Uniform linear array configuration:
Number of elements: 64
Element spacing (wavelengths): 0.5
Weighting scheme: exponential
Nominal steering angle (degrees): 45
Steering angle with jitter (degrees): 43.78
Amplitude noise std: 0.05
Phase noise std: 0.05

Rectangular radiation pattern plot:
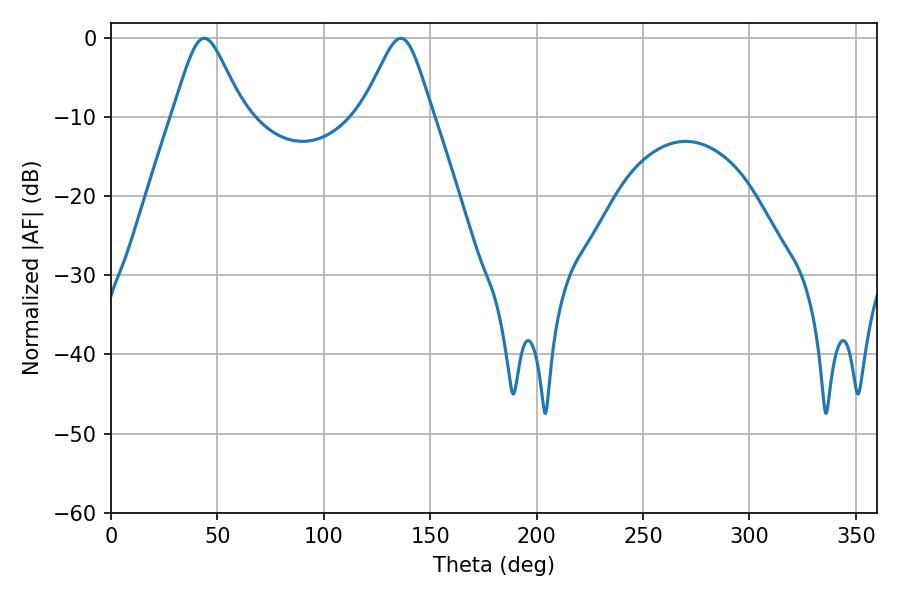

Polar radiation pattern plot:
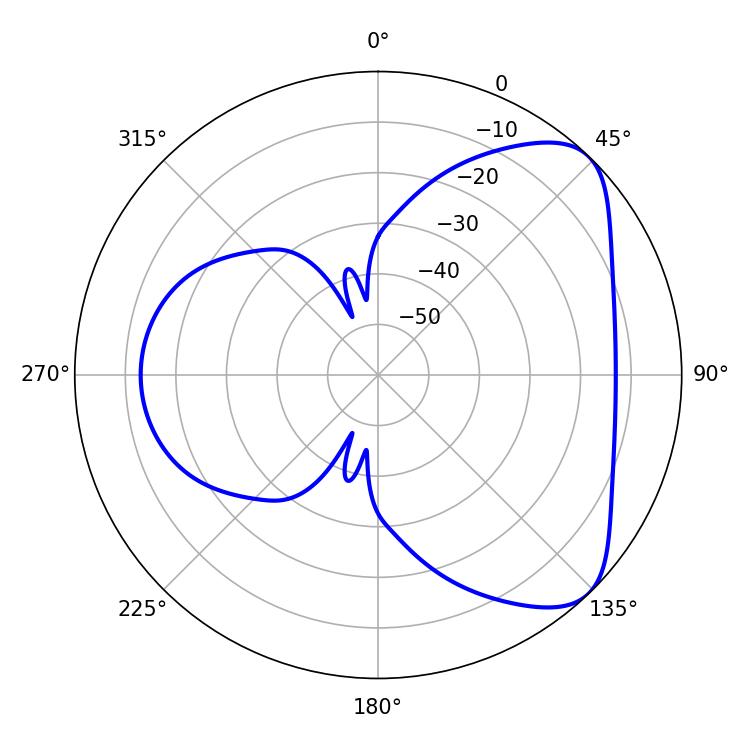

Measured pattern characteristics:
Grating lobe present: FALSE
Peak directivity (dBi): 6.213
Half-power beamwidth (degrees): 16.02
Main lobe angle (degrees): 43.74